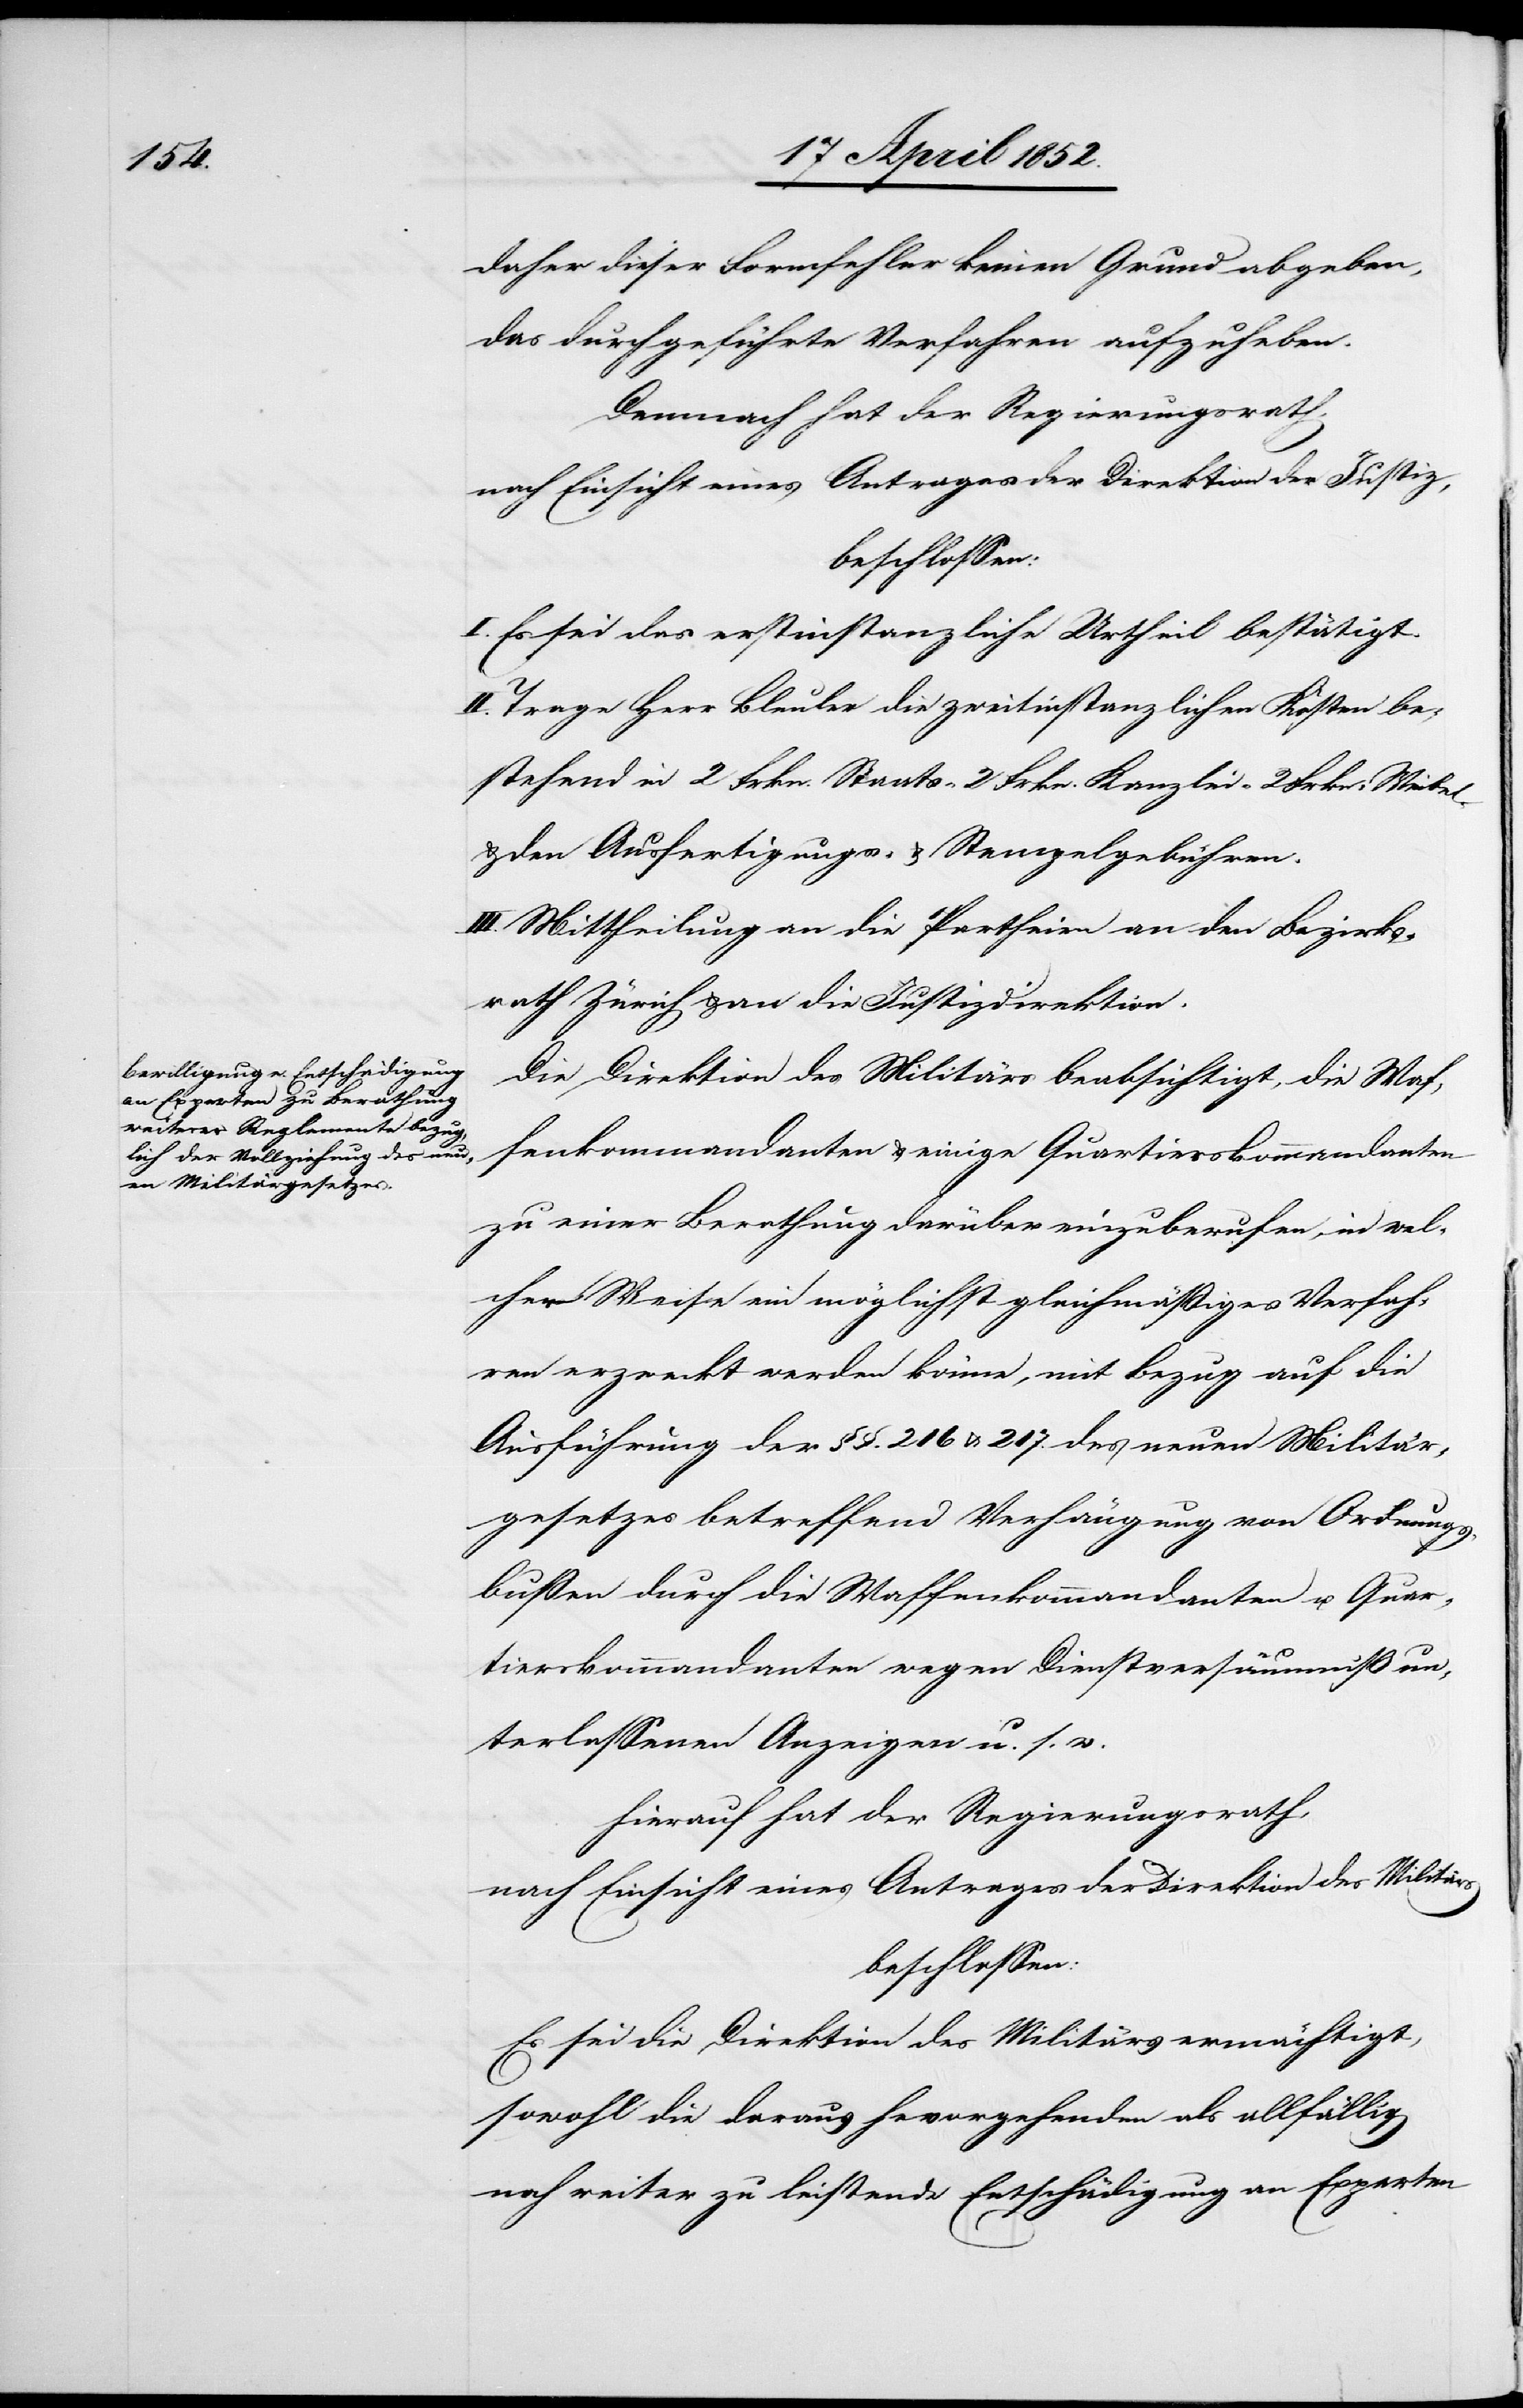
daher dieser Formfehler keinen Grund abgeben,
das durchgeführte Verfahren aufzuheben.
Demnach hat der Regierungsrath,
nach Einsicht eines Antrages der Direktion der Justiz,
beschlossen:
I. Es sei das erstinstanzliche Urtheil bestätigt.
II. Trage Herr Bleuler die zweitinstanzlichen Kosten be¬
stehend in 2 Frkn. Staats-[,] 2 Frkn. Kanzlei-[,] 2 Frkn: Weibel-
& den Ausfertigungs- & Stempelgebühren.
III. Mittheilung an die Partheien[,] an den Bezirks¬
rath Zürich & an die Justizdirektion.
Die Direktion des Militärs beabsichtigt, die Waf¬
fenkommandanten & einige Quartierskommandanten
zu einer Berathung darüber einzuberufen, in wel¬
cher Weise ein möglichst gleichmäßiges Verfahr¬
en erzweckt werden könne, mit Bezug auf die
Ausführung der §§. 216 & 217. des neuen Militär¬
gesetzes betreffend Verhängung von Ordnungs¬
bussen durch die Waffenkommandanten u. Quar¬
tierskommandanten wegen Dienstversäumniß un¬
terlassenen Anzeigen u. s. w.
Hierauf hat der Regierungsrath,
nach Einsicht eines Antrages der Direktion des Militärs
beschlossen:
Es sei die Direktion des Militärs ermächtigt,
sowohl die daraus he[r]vorgehenden als allfällig
noch weiter zu leistende Entschädigung an Experten